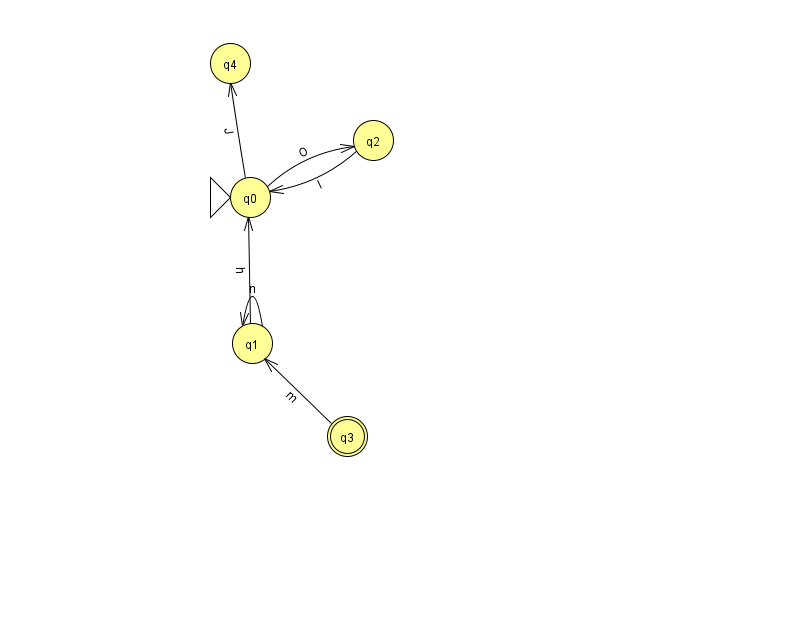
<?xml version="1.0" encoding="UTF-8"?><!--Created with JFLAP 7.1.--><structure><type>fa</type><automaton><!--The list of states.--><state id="0" name="q0"><x>250.0</x><y>184.0</y><initial/></state><state id="1" name="q1"><x>252.0</x><y>330.0</y></state><state id="2" name="q2"><x>373.0</x><y>127.0</y></state><state id="3" name="q3"><x>347.0</x><y>423.0</y><final/></state><state id="4" name="q4"><x>230.0</x><y>50.0</y></state><!--The list of transitions.--><transition><from>1</from><to>0</to><read>h</read></transition><transition><from>2</from><to>0</to><read>I</read></transition><transition><from>0</from><to>4</to><read>J</read></transition><transition><from>3</from><to>1</to><read>m</read></transition><transition><from>0</from><to>2</to><read>O</read></transition><transition><from>1</from><to>1</to><read>n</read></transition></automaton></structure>